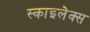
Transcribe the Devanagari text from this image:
स्काइलेक्स